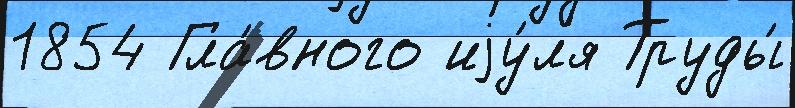
1854 Гла́вного иjу́л'я Труды́